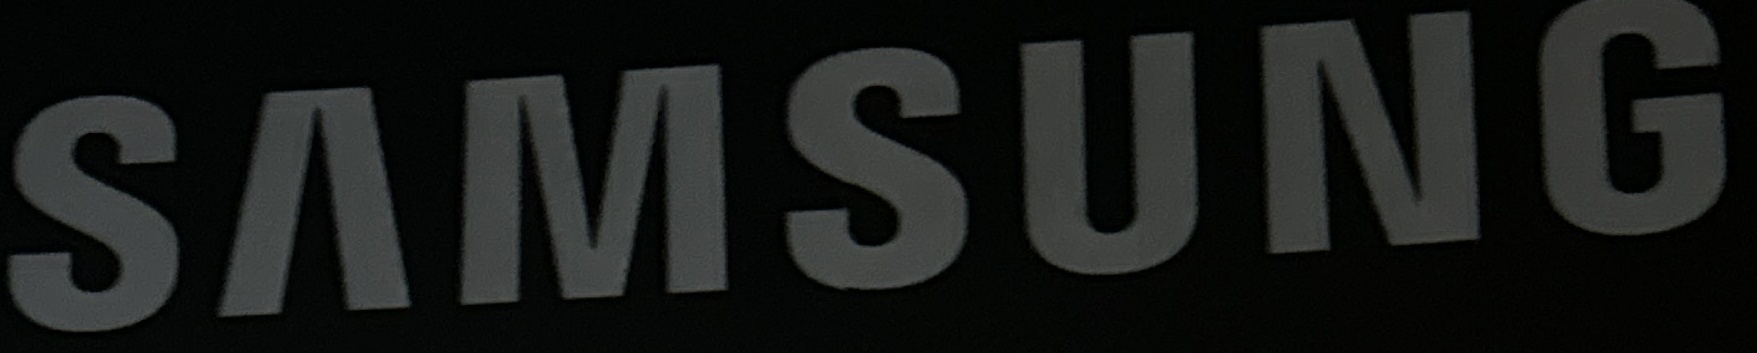
SAMSUNG